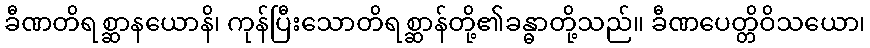
ခီဏတိရစ္ဆာနယောနိ၊ ကုန်ပြီးသောတိရစ္ဆာန်တို့၏ခန္ဓာတို့သည်။ ခီဏပေတ္တိဝိသယော၊